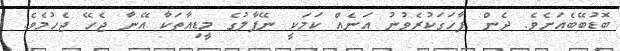
ބޮޑުބޭބެއަށެވެ. ދެން ފާހަގަކުރެވުނު އަނެއް ކަމަކީ ނޭޕާލުގެ މީޑިއާތަކާ އޭނާ ޖެހޭ ޖެހުމެވެ.